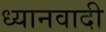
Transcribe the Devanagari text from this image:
ध्यानवादी